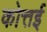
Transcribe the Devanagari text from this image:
कोत्तई